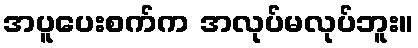
အပူပေးစက်က အလုပ်မလုပ်ဘူး။